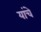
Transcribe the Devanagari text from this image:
यांचेे